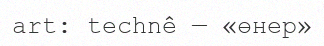
art: technê — «өнер»